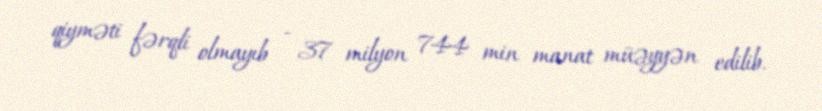
qiyməti fərqli olmayıb - 37 milyon 744 min manat müəyyən edilib.